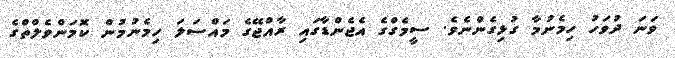
ވަަނަ ދުވަހު ހިމެނުމާ ގުޅިގެންނެވެ. ސީމެގްގެ އެޖެންޑާގައި ރާއްޖޭގެ މައްސަލަ ހިމެނުމުން ކޮމަންވެލްތްގެ